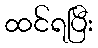
ထင်ရပြီး